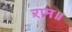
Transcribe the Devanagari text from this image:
राम॥